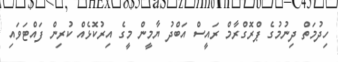
ހިދުމަތް ދިނުމުގެ ޕްރޮގްރާމް ރައީސް އަބްދު ޔާމީން މީގެ އިރުކޮޅެއް ކުރިން ފައްޓަވައި